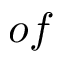
o f